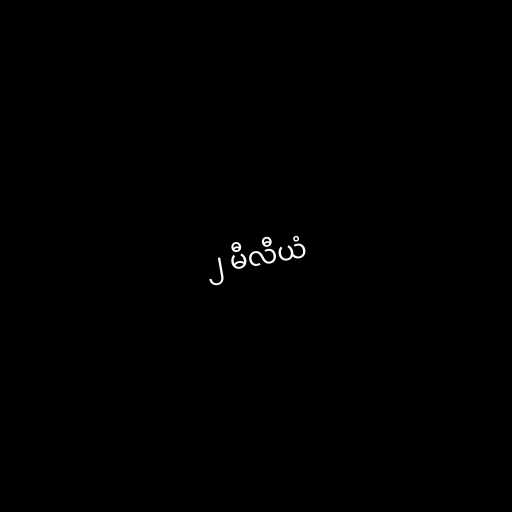
၂ မီလီယံ